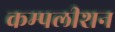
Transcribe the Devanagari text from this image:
कम्पलीशन